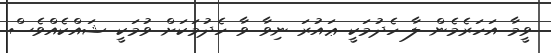
ވީމާ އަހަރެމެން ލާ ހެދުމަކީ ޢައުރަ ނިވާ ވާ ހެދުމަކަށް ވުމަކީ ޝައްކެއްވެސް